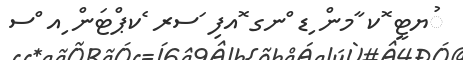
ުޔޓީ ޮކ ާމން ިޑ ްނގ ޮއފި ަސރ ެކޕްޓަން ިއ ްސ